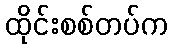
ထိုင်းစစ်တပ်က